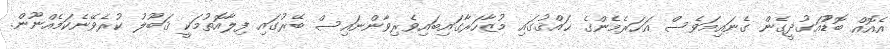
އެއޮއް ބޮޑުުއަގުދީގެން ގެނައިމަވެސް އަހަރެމެންގެ ޙައްޤުގައި މުޒާހަރާގައިބައިވެރިވާންނައިސް ބޭރުގައި ފިލާއޮތުމަކީ ޤަބޫލު ކުރެވޭނެކަމެއްނޫން.